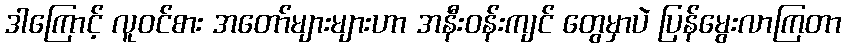
ဒါကြောင့် လူဝင်စား အတော်များများဟာ အနီးဝန်းကျင် တွေမှာပဲ ပြန်မွေးလာကြတာ